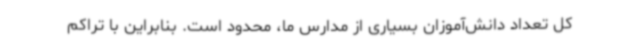
کل تعداد دانش‌آموزان بسیاری از مدارس ما، محدود است. بنابراین با تراکم